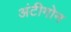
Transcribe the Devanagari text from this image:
अंटीगोन